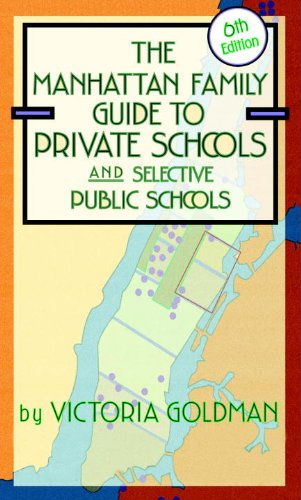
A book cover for Manhattan Family Guide to Private Schools and Selective Public Schools, 6th Edition (Manhattan Family Guide to Private Schools & Selective Public Schools); Victoria Goldman; Test Preparation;